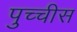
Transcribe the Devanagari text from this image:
पुच्चीस